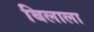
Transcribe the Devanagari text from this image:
बिलाला